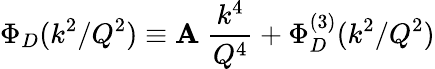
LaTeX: \Phi_{D}(k^{2}/Q^{2})\equiv\mathbf{A}\ {\frac{{k^{4}}}{{Q^{4}}}}+\Phi_{D}^{(3)}(k^{2}/Q^{2})